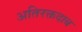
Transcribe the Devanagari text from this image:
अतिरक्तदाब